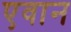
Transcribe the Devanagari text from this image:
एवान